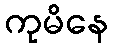
ကုမိနေ